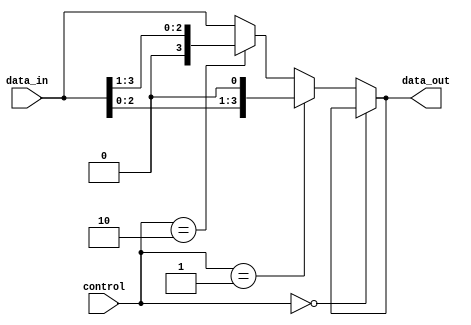
module my_shifter(data_in, control, data_out);
input [3:0]data_in;
input [1:0]control;  // {control[1],control[0]}= 2'b01 left shift; =2'b10 right shift; 
                     //                        =2'b11 data pass; =2'b00 no changes
output [3:0]data_out;
assign data_out = (control==2'b00) ? data_out : (control==2'b01) ? data_in<<1 : (control==2'b10) ? data_in >> 1 : data_in;
endmodule